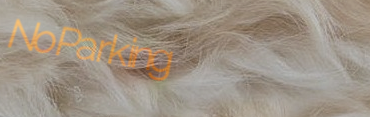
NoParking